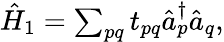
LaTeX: \begin{array}{r}{\hat{H}_{1}=\sum_{pq}t_{pq}\hat{a}_{p}^{\dagger}\hat{a}_{q},}\end{array}